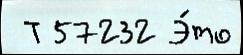
 Т 57232 Э́то